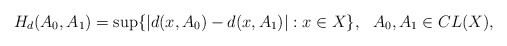
\begin{align*}H_d(A_0,A_1)=\sup\{|d(x,A_0)-d(x,A_1)|: x\in X\}, \ \ A_0,A_1\in CL(X),\end{align*}